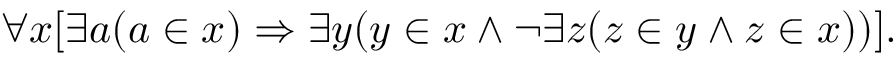
\forall x [ \exists a ( a \in x ) \Rightarrow \exists y ( y \in x \land \lnot \exists z ( z \in y \land z \in x ) ) ] .